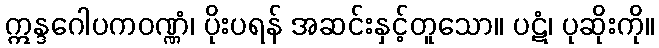
ဣန္ဒဂေါပကဝဏ္ဏံ၊ ပိုးပရန် အဆင်းနှင့်တူသော။ ပဋံ၊ ပုဆိုးကို။